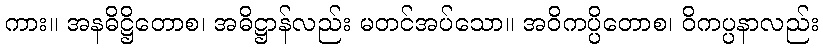
ကား။ အနဓိဋ္ဌိတောစ၊ အဓိဋ္ဌာန်လည်း မတင်အပ်သော။ အဝိကပ္ပိတောစ၊ ဝိကပ္ပနာလည်း